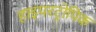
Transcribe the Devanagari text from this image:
हाइपरट्रोपिक